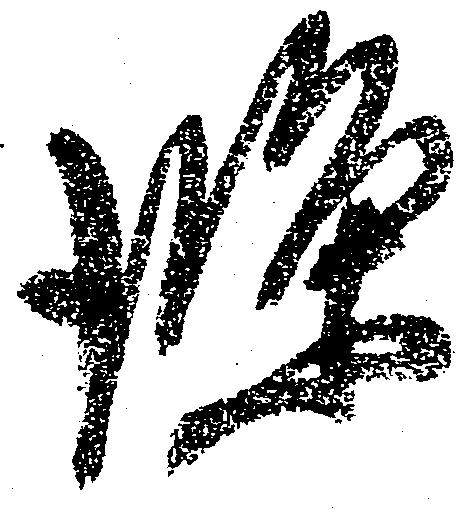
条